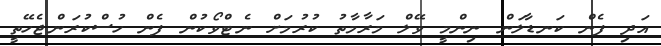
އަދި ފެން ކަނޑާލަން ނިންމީ ވޭލް މަރާމާތު ކުރުމަށް ނެޓްވޯކުން ފެން ހުސްކުރަންޖެހޭތީ